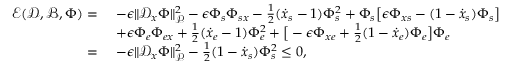
\begin{array} { r l } { \boldsymbol { \mathcal { E } } ( \mathcal { D } , \mathcal { B } , \boldsymbol { \Phi } ) = \ } & { - \epsilon \| \mathcal { D } _ { x } \boldsymbol { \Phi } \| _ { \mathcal { P } } ^ { 2 } - \epsilon \Phi _ { s } \Phi _ { s x } - \frac { 1 } { 2 } ( \dot { x } _ { s } - 1 ) \Phi _ { s } ^ { 2 } + \Phi _ { s } \big [ \epsilon \Phi _ { x s } - ( 1 - \dot { x } _ { s } ) \Phi _ { s } \big ] } \\ { \ } & { + \epsilon \Phi _ { e } \Phi _ { e x } + \frac { 1 } { 2 } ( \dot { x } _ { e } - 1 ) \Phi _ { e } ^ { 2 } + \big [ - \epsilon \Phi _ { x e } + \frac { 1 } { 2 } ( 1 - \dot { x } _ { e } ) \Phi _ { e } \big ] \Phi _ { e } } \\ { = \ } & { - \epsilon \| \mathcal { D } _ { x } \boldsymbol { \Phi } \| _ { \mathcal { P } } ^ { 2 } - \frac { 1 } { 2 } ( 1 - \dot { x } _ { s } ) \Phi _ { s } ^ { 2 } \leq 0 , } \end{array}